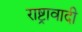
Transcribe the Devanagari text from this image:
राष्ट्रावादी